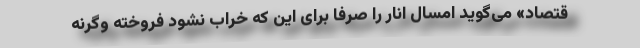
قتصاد» می‌گوید امسال انار را صرفا برای این که خراب نشود فروخته وگرنه